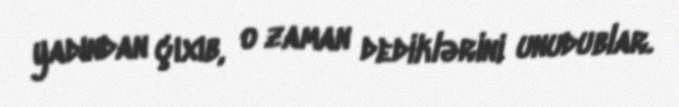
yadından çıxıb, o zaman dediklərini unudublar.